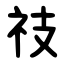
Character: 䃽